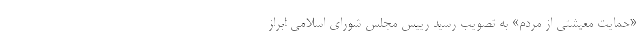
«حمایت معیشتی از مردم» به تصویب رسید رییس مجلس شورای اسلامی ابراز